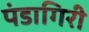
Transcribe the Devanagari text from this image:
पंडागिरी